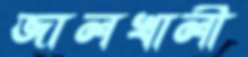
জালখালী